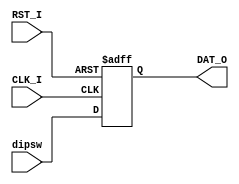
`timescale 1ns / 1ps
//////////////////////////////////////////////////////////////////////////////////
// Company: 
// Engineer: 
// 
// Design Name: 
// Module Name:    switch 
// Project Name: 
// Target Devices: 
// Tool versions: 
// Description: 
//
// Dependencies: 
//
// Revision: 
// Revision 0.01 - File Created
// Additional Comments: 
//
//////////////////////////////////////////////////////////////////////////////////
module switch(
	CLK_I,RST_I,
	dipsw,
	DAT_O
   );
	input CLK_I,RST_I;
	input[31:0]dipsw;
	output[31:0]DAT_O;
	
	reg[31:0]_reg;
	
	assign DAT_O = _reg;
	
	initial _reg <= 0;
	
	always@(posedge CLK_I or posedge RST_I)begin
		if(RST_I)
			_reg <= 0;
		else 
			_reg <= dipsw;
	end

endmodule